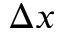
\Delta x